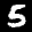
Label: 5